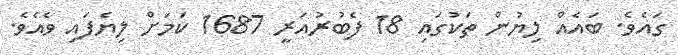
ގައެވެ. ބައެއް ލިޔުން ތަކުގައި 18 ފެބުރުއަރީ 1687 ކަމަށް ލިޔެފައި ވެއެވެ.